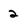
Character: 2